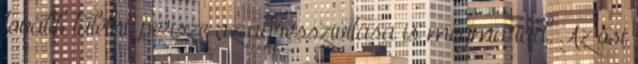
tovább túlélni, persze az agresszivitása is megmarad. Az ősi